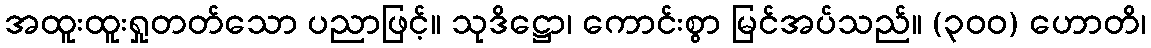
အထူးထူးရှုတတ်သော ပညာဖြင့်။ သုဒိဋ္ဌော၊ ကောင်းစွာ မြင်အပ်သည်။ (၃၀၀) ဟောတိ၊